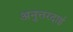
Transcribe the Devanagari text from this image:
अनुत्तरदाई